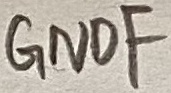
Text: GNDF